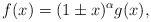
LaTeX: \begin{align*}f(x) = ( 1 \pm x)^{\alpha} g(x),\end{align*}